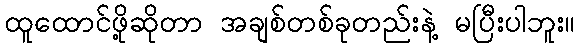
ထူထောင်ဖို့ဆိုတာ အချစ်တစ်ခုတည်းနဲ့ မပြီးပါဘူး။